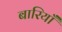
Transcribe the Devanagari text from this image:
बारियाँ